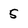
Character: 5